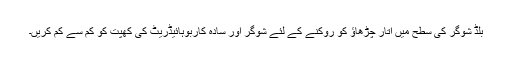
بلڈ شوگر کی سطح میں اتار چڑھاؤ کو روکنے کے لئے شوگر اور سادہ کاربوہائیڈریٹ کی کھپت کو کم سے کم کریں۔